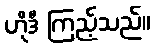
ဟိုဒီ ကြည့်သည်။